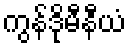
ကွန်ဒိုမီနီယံ